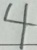
4